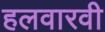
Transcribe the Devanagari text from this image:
हलवारवी